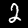
Digit: 2